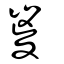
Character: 嵏